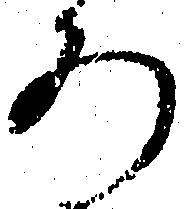
ろ